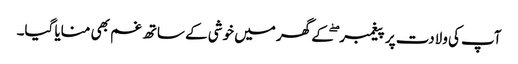
آپ کی ولادت پر پیغمبر ۖ کے گھر میں خوشی کے ساتھ غم بھی منایا گیا۔